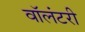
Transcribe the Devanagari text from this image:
वाॅलंटरी